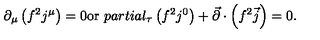
\partial _ { \mu } \left( f ^ { 2 } j ^ { \mu } \right) = 0 \mathrm { o r } \ p a r t i a l _ { \tau } \left( f ^ { 2 } j ^ { 0 } \right) + \vec { \partial } \cdot \left( f ^ { 2 } \vec { j } \right) = 0 .